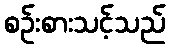
စဉ်းစားသင့်သည်